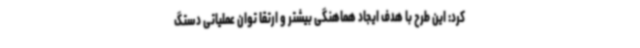
کرد: این طرح با هدف ایجاد هماهنگی بیشتر و ارتقا توان عملیاتی دستگ